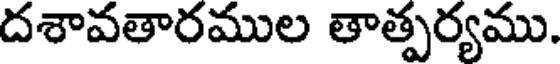
దశావతారముల తాత్పర్యము.